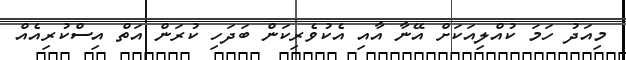
މިއަދު ހަމަ ކުއްލިއަކަށް އޭނާ އާއި އެކުވެރިކަން ބަދަހި ކުރަން އަތް އިސްކުރިއެއް